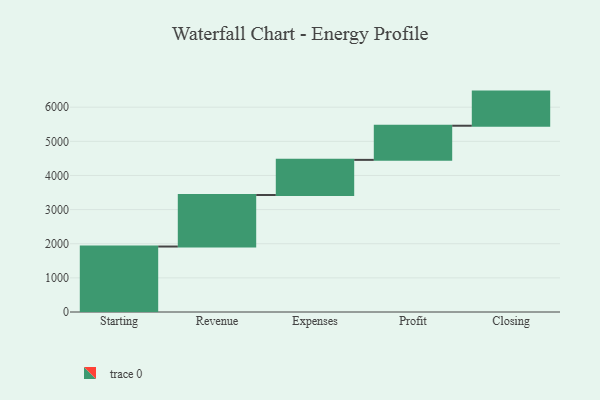
{"axis": {"x": "Step", "y": "Value"}, "legend": [""], "data": [{"x": "Starting", "y": 1918.0, "type": ""}, {"x": "Revenue", "y": 1509.0, "type": ""}, {"x": "Expenses", "y": 1030.0, "type": ""}, {"x": "Profit", "y": 1000, "type": ""}, {"x": "Closing", "y": 1000, "type": ""}]}